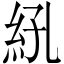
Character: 𬗆